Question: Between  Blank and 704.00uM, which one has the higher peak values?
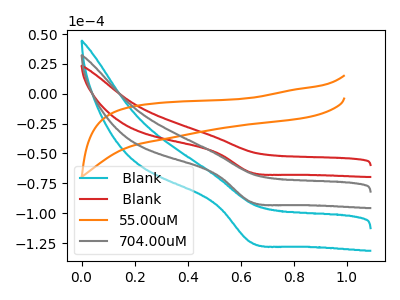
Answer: <think>The cyan curve " Blank" has a cathodic peak at: (0.65V, -181.05uA). The red curve " Blank" has a cathodic peak at: (0.65V, -65.90uA). The orange curve "55.00uM" has no peaks. The gray curve "704.00uM" has a cathodic peak at: (0.65V, -90.55uA).</think>
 <answer>Every peak in " Blank" is lower than every peak in "704.00uM".</answer>
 <eval>lower</eval>